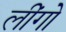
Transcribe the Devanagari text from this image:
लींगो